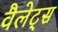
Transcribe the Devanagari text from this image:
वैलेट्स